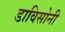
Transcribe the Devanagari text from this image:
डाविसोनी